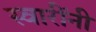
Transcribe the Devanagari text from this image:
स्वारींनी